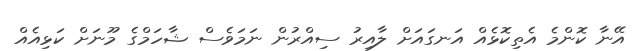
އޭނާ ކޮންމެ އެތިކޮޅެއް އަނގައަށް ލާއިރު ސިއްރުން ނަމަވެސް ޝާހަމްގެ މޫނަށް ކަޅިއެއް